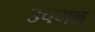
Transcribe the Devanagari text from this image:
उचमन्न